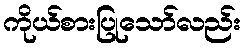
ကိုယ်စားပြုသော်လည်း